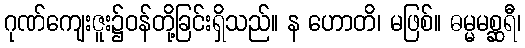
ဂုဏ်ကျေးဇူး၌ဝန်တို့ခြင်းရှိသည်။ န ဟောတိ၊ မဖြစ်။ ဓမ္မမစ္ဆရီ၊